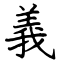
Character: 義